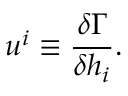
u ^ { i } \equiv \frac { \delta \Gamma } { \delta h _ { i } } .